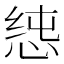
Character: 𭝉